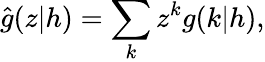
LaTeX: \hat{g}(z|h)=\sum_{k}z^{k}g(k|h),